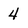
Character: 4